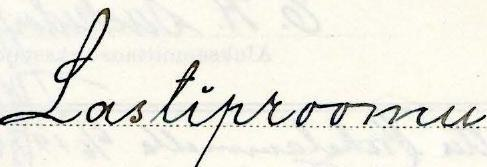
Lastiproomu